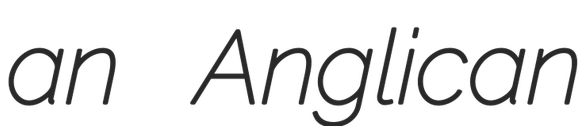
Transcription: an Anglican